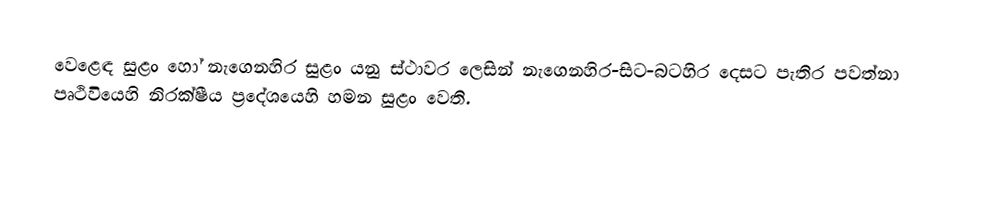
වෙළෙඳ සුළං  හෝ නැගෙනහිර සුළං  යනු ස්ථාවර ලෙසින් නැගෙනහිර-සිට-බටහිර දෙසට  පැතිර පවත්නා පෘථිවියෙහි නිරක්ෂීය ප්‍රදේශයෙහි හමන සුළං වෙති.